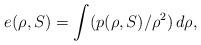
LaTeX: \begin{align*}e(\rho,S) =\int (p(\rho,S)/\rho^2)\,d\rho , \end{align*}